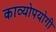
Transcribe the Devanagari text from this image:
काव्योपयोगी